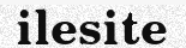
ilesite